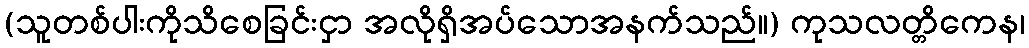
(သူတစ်ပါးကိုသိစေခြင်းငှာ အလိုရှိအပ်သောအနက်သည်။) ကုသလတ္တိကေန၊